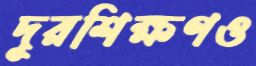
দূরশিক্ষণও